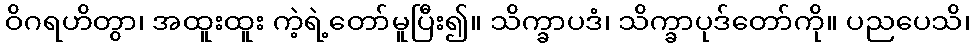
ဝိဂရဟိတွာ၊ အထူးထူး ကဲ့ရဲ့တော်မူပြီး၍။ သိက္ခာပဒံ၊ သိက္ခာပုဒ်တော်ကို။ ပညပေသိ၊